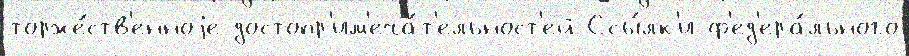
торже́ств'енноjе достопр'им'еча́т'ельност'ей Ссы́лк'и ф'ед'ера́льного